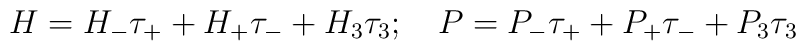
H=H_-\tau_++H_+\tau_-+H_3\tau_3; \quad P=P_-\tau_++P_+\tau_-+P_3\tau_3